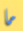
ما